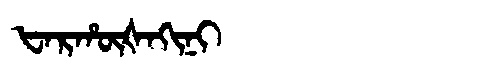
Manchu: ᡶᠠᡵᡥᡡᡧᠠᡴᡳᠨᡳ
Romanization: FARHŪŠAKINI